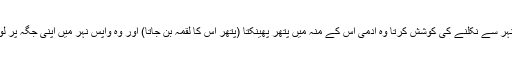
جب وہ نہر سے نکلنے کی کوشش کرتا وہ آدمی اس کے منہ میں پتھر پھینکتا (پتھر اس کا لقمہ بن جاتا) اور وہ واپس نہر میں اپنی جگہ پر لوٹ جاتا۔